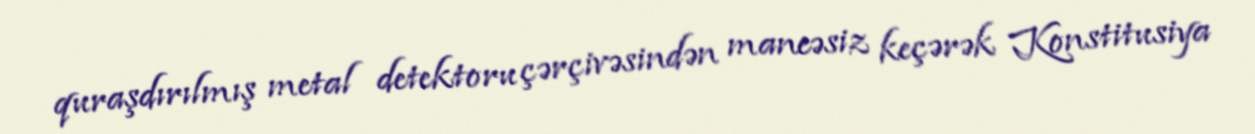
quraşdırılmış metal detektoru çərçivəsindən maneəsiz keçərək Konstitusiya